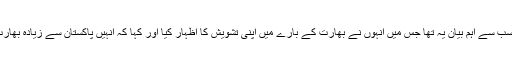
عمران خان کا سب سے اہم بیان یہ تھا جس میں انہوں نے بھارت کے بارے میں اپنی تشویش کا اظہار کیا اور کہا کہ انہیں پاکستان سے زیادہ بھارت کی فکر ہے۔